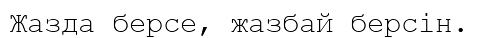
Жазда берсе, жазбай берсін.